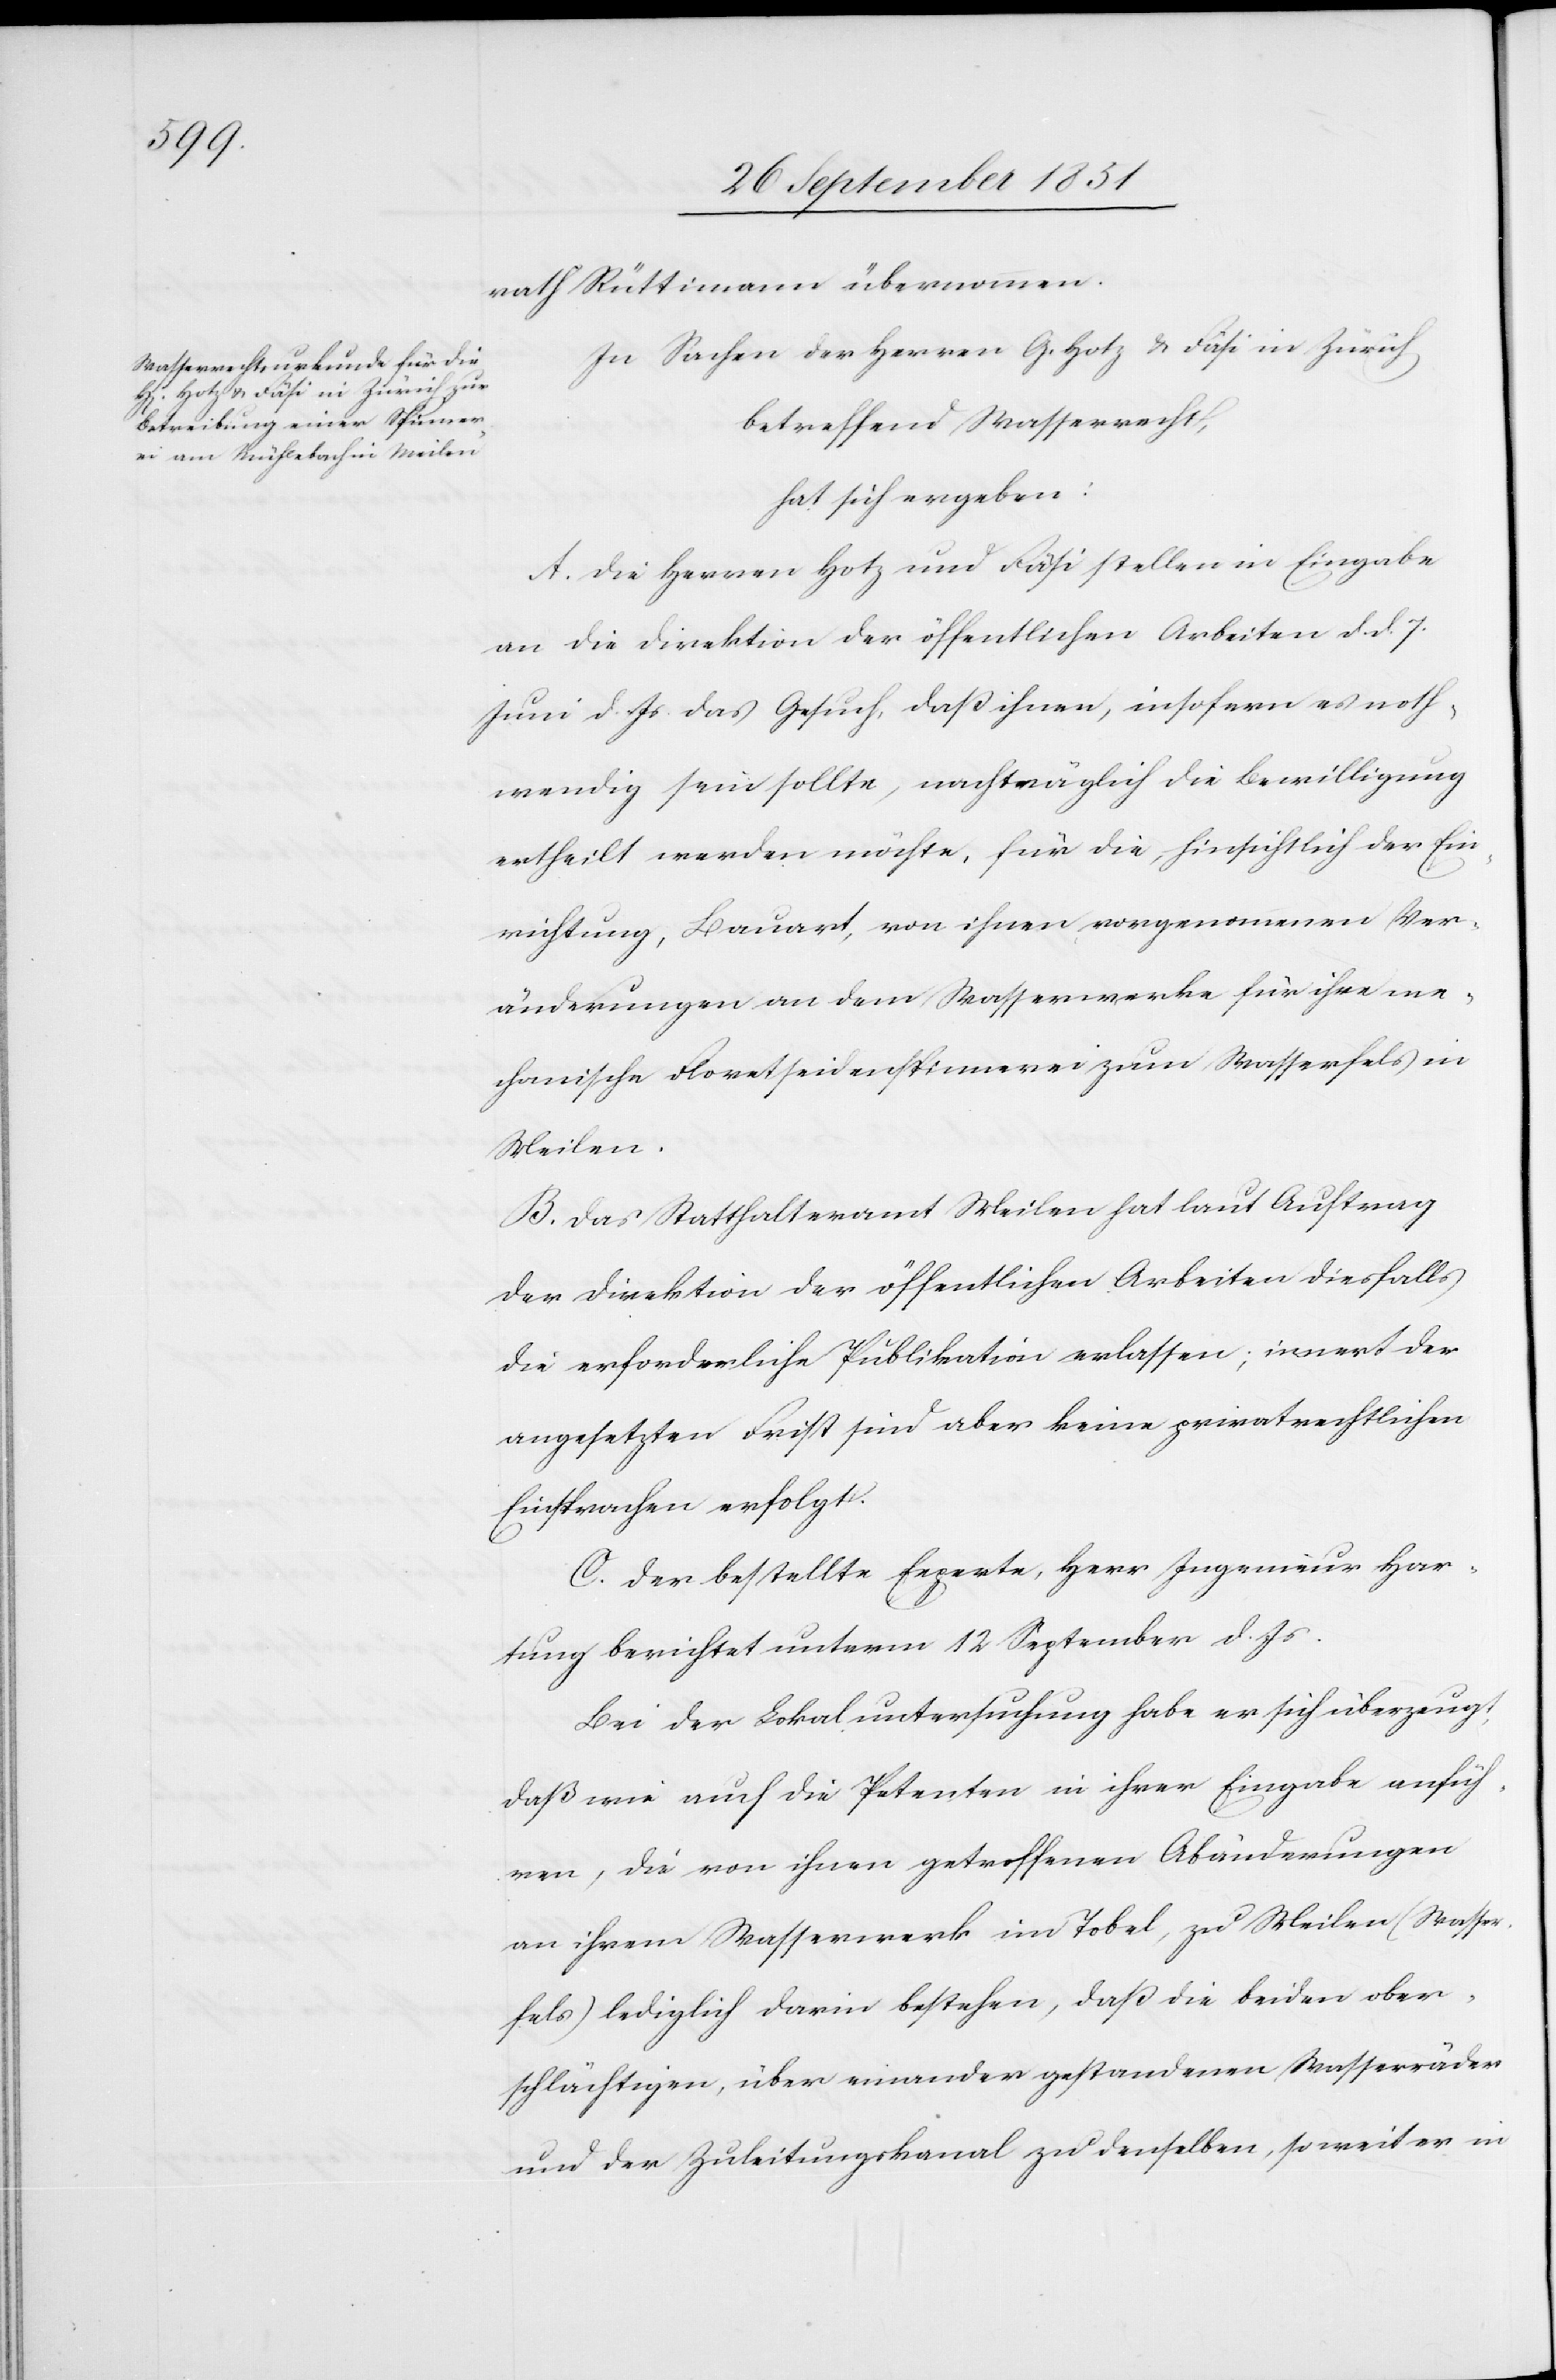
rath Rüttimann übernommen.
In Sachen der Herren G. Hotz & Fäsi in Zürich
betreffend Wasserrecht,
hat sich ergeben:
A. Die Herren Hotz und Fäsi stellen in Eingabe
an die Direktion der öffentlichen Arbeiten d. d. 7.
Juni d. Js. das Gesuch, daß ihnen, insofern es noth¬
wendig sein sollte, nachträglich die Bewilligung
ertheilt werden möchte, für die, hinsichtlich der Ein¬
richtung, Bauart, von ihnen vorgenommenen Ver¬
änderungen an dem Wasserwerke für ihre me¬
chanische Floretseidenspinnerei zum Wasserfels in
Meilen.
B. Das Statthalteramt Meilen hat laut Auftrag
der Direktion der öffentlichen Arbeiten diesfalls
die erforderliche Publikation erlassen; innert der
angesetzten Frist sind aber keine privatrechtlichen
Einsprachen erfolgt.
C. Der bestellte Experte, Herr Ingenieur Har¬
tung berichtet unterm 12 September d. Js.
Bei der Lokaluntersuchung habe er sich überzeugt,
daß wie auch die Petenten in ihrer Eingabe anfüh¬
ren, die von ihnen getroffenen Abänderungen
an ihrem Wasserwerk im Tobel, zu Meilen (Wasser¬
fels) lediglich darin bestehen, daß die beiden ober¬
schlächtigen, über einander gestandenen Wasserräder
und der Zuleitungskanal zu denselben, so weit er in